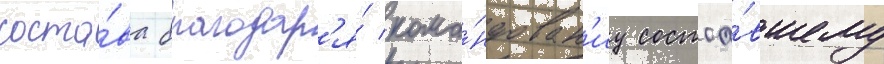
соста́ва благодар'я́ кома́ндован'иу состоа́вшему